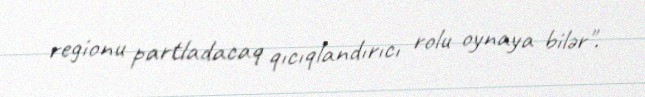
regionu partladacaq qıcıqlandırıcı rolu oynaya bilər".